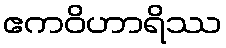
ဧကဝိဟာရိဿ